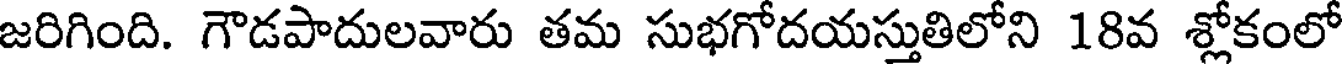
జరిగింది. గౌడపాదులవారు తమ సుభగోదయస్తుతిలోని 18వ శ్లోకంలో